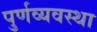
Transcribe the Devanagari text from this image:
पुर्णव्यवस्था